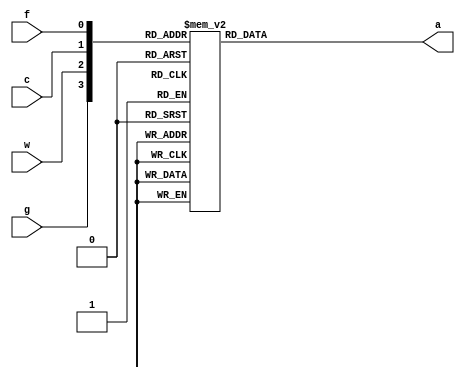
module farmerlab4(g,w,c,f,a);

input g,w,f,c;
output a;
reg a;

always@(g or w or f or c)
begin
	case({g,w,c,f})
	
	4'b0000: a = 'b0;
	4'b0001: a = 'b0;
	4'b0010: a = 'b0;
	4'b0100: a = 'b0;
	4'b1000: a = 'b0;
	4'b0011: a = 'b0;
	4'b0110: a = 'b0;
	4'b1100: a = 'b1;
	4'b1010: a = 'b1;
	4'b0101: a = 'b0;
	4'b1001: a = 'b0;
	4'b0110: a = 'b0;
	4'b1110: a = 'b1;
	4'b0111: a = 'b0;
	4'b1101: a = 'b0;
	4'b1011: a = 'b0;
	4'b1111: a = 'b0;
	
endcase
end
endmodule